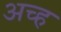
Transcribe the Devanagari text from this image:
अच्ह